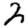
Digit: 2